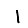
Digit: 1